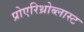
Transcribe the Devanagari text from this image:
प्रोएरिथ्रोब्लास्ट